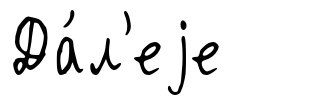
Да́л'еjе